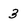
Character: 3